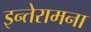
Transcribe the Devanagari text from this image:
इन्तेरामना